NAE_EAOK_eestikeelsed_sunnimeetrikad, lk 147
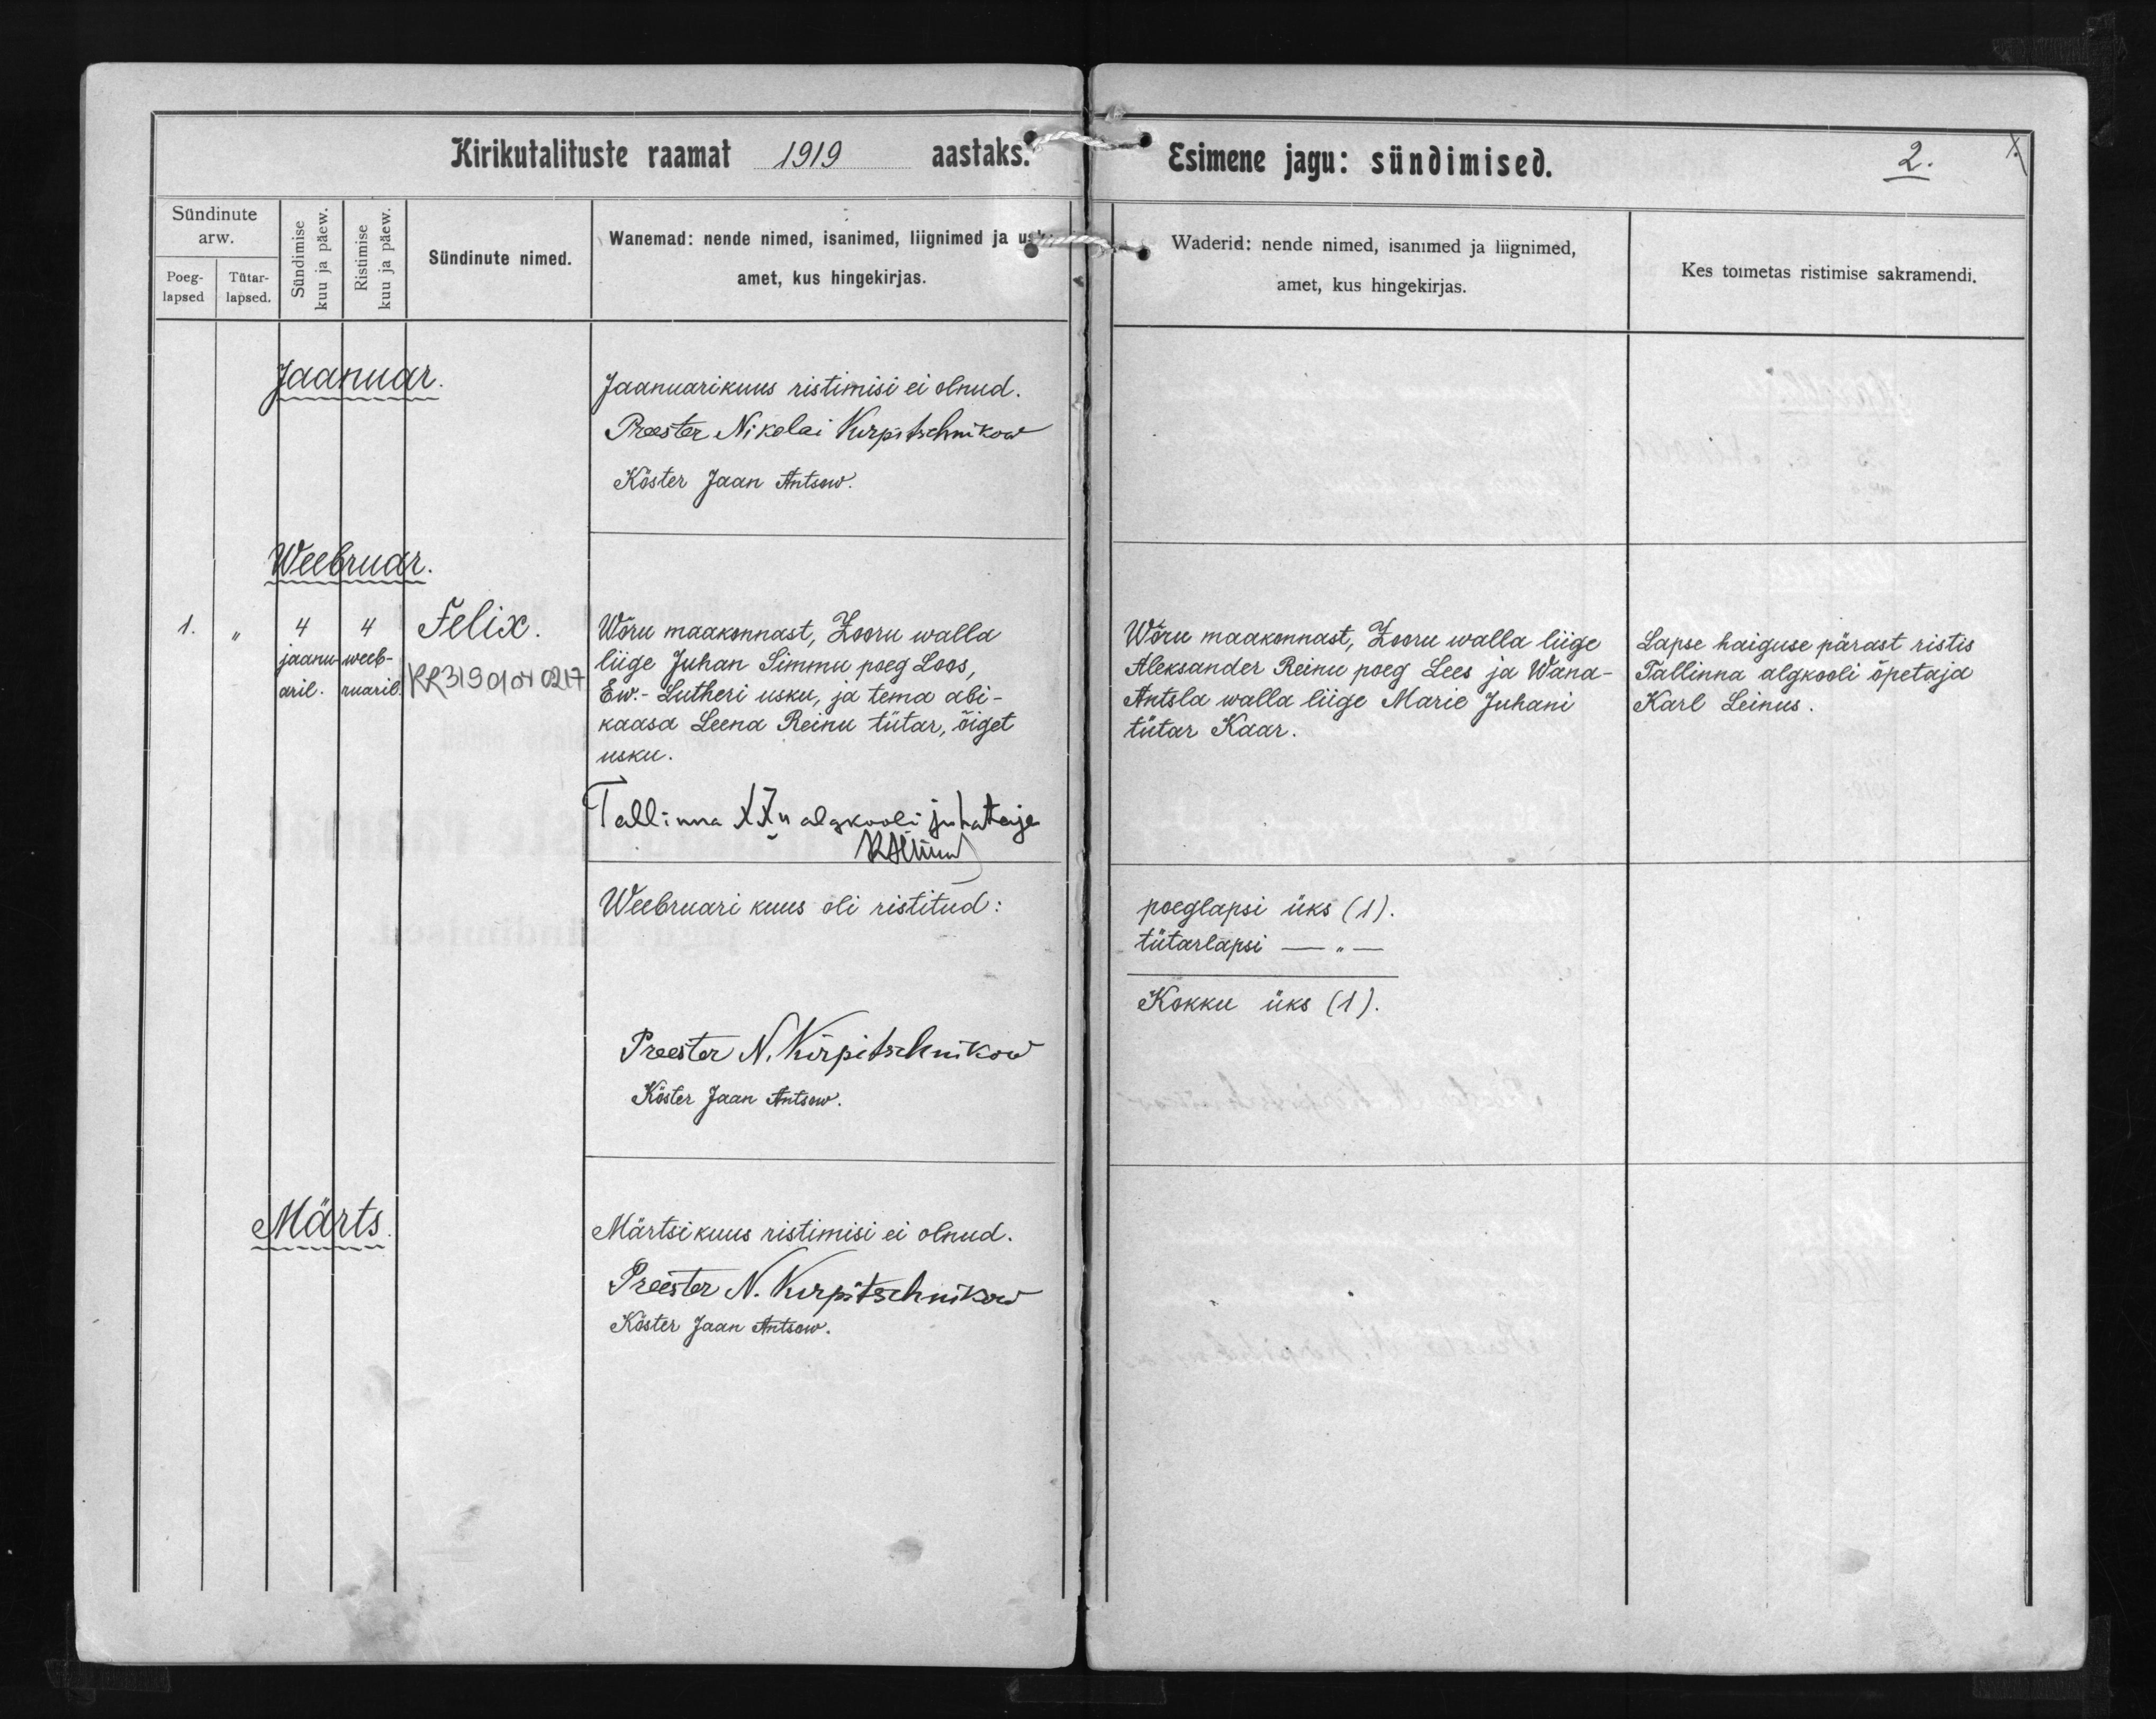
Felix

Wõru maakonnast, Looru valla
liige Juhan Simmu poeg Loos,
Ew.-Lutheri usku, ja tema abi-
kaasa Leena Reinu tütar, õiget
usku.